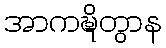
အာကဍ္ဎိတွာန